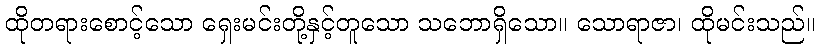
ထိုတရားစောင့်သော ရှေးမင်းတို့နှင့်တူသော သဘောရှိသော။ သောရာဇာ၊ ထိုမင်းသည်။